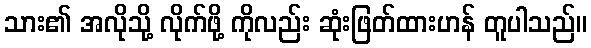
သား၏ အလိုသို့ လိုက်ဖို့ ကိုလည်း ဆုံးဖြတ်ထားဟန် တူပါသည်။